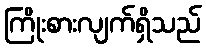
ကြိုးစားလျက်ရှိသည်